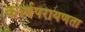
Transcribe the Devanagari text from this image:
कार्यपरायणता